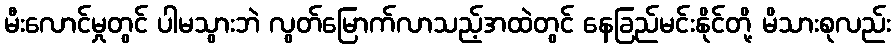
မီးလောင်မှုတွင် ပါမသွားဘဲ လွတ်မြောက်လာသည့်အထဲတွင် နေခြည်မင်းနိုင်တို့ မိသားစုလည်း